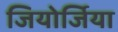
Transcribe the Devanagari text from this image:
जियोर्जिया